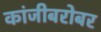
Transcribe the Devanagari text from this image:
कांजीबरोबर